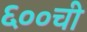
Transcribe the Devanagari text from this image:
६००ची